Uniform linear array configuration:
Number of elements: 24
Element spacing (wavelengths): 1
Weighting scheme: binomial
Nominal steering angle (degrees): -15
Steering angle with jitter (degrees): -15.794
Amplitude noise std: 0.05
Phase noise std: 0.05

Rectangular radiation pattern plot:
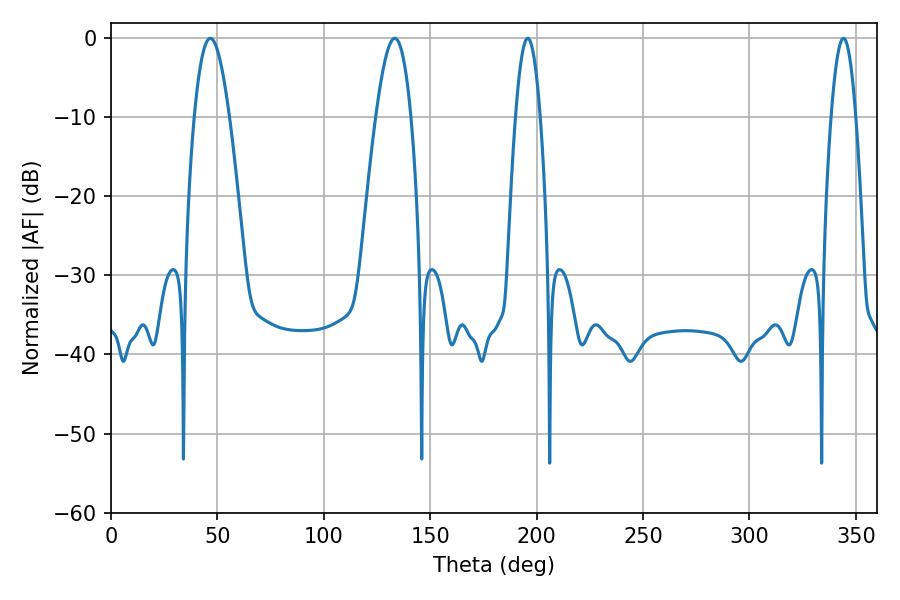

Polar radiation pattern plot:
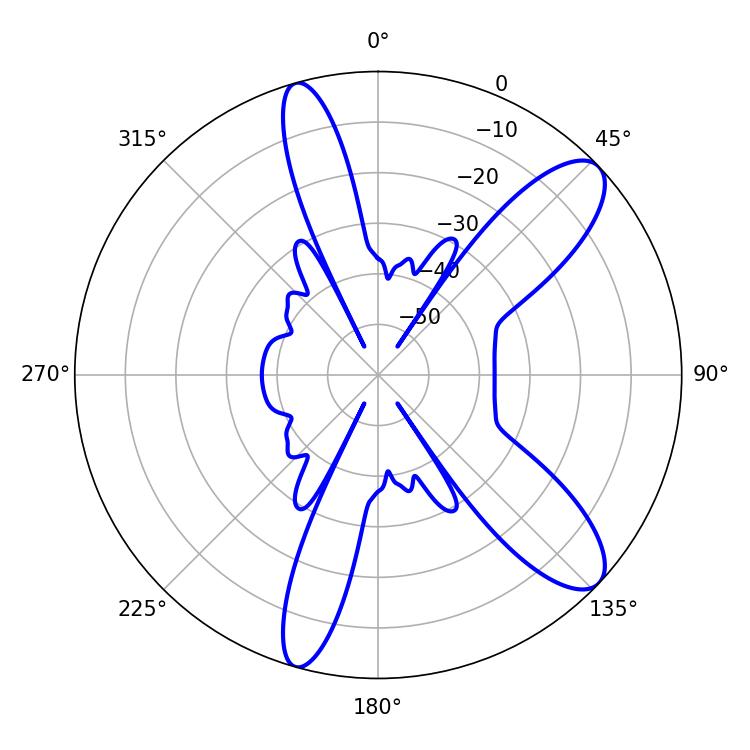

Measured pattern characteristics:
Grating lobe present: TRUE
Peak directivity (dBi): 10.4
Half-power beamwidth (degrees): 6.3
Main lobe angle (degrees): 195.84